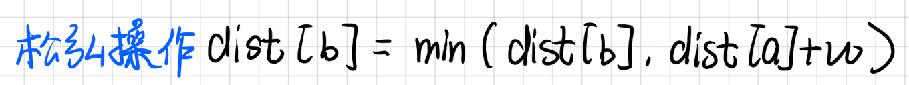
松弛操作$ dist[b]=\min(dist[b],dist[a]+w)$